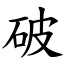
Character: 破